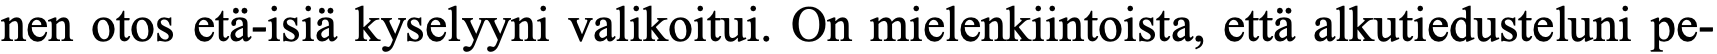
nen otos etä-isiä kyselyyni valikoitui. On mielenkiintoista, että alkutiedusteluni pe-